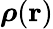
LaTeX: {\boldsymbol\rho}({\mathbf r})